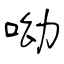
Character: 呦